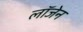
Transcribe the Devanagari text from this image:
लॉजेन